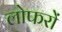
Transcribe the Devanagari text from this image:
लोफरों